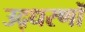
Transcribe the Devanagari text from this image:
उद्‍धरणों